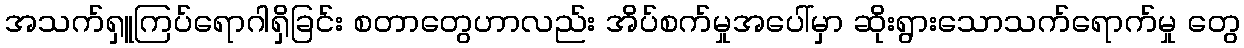
အသက်ရှူကြပ်ရောဂါရှိခြင်း စတာတွေဟာလည်း အိပ်စက်မှုအပေါ်မှာ ဆိုးရွားသောသက်ရောက်မှု တွေ